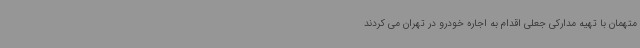
متهمان با تهیه مدارکی جعلی اقدام به اجاره خودرو در تهران می کردند